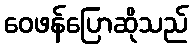
ဝေဖန်ပြောဆိုသည်